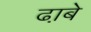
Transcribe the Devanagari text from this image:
ढा़बे